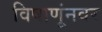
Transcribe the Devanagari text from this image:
विषाणूंनवर